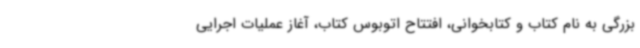
بزرگی به نام کتاب و کتابخوانی، افتتاح اتوبوس کتاب، آغاز عملیات اجرایی